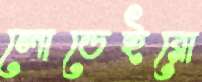
লোডেইরো